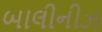
બાલીનીઝ